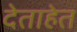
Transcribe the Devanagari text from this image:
देताहेत